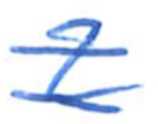
Text: 2
Cross-out: double-line
Writing tool: ballpoint